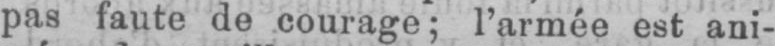
pas faute de courage; l’armée est ani-